Source: Handwritten
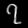
Digit: ၇ (7)